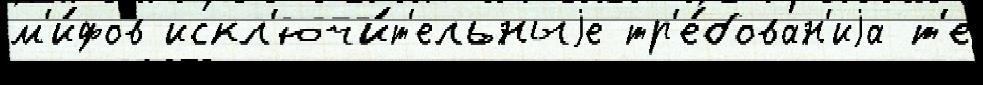
м'и́фов искл'ючи́т'ельныjе тр'е́бован'иjа т'е